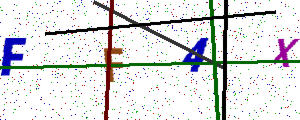
Text: FF4X